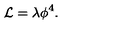
{ \cal L } = \lambda \phi ^ { 4 } .